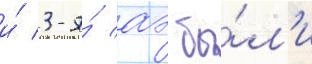
и́ 3-я́ аэ бы́л'и